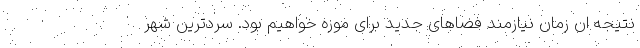
نتیجه ان زمان نیازمند فضاهای جدید برای موزه خواهیم بود. سردترین شهر